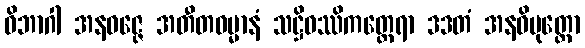
ဝိဘာဂါ အနဝဇ္ဇေ အတီတဓမ္မာနံ သဋ္ဌိဝဿိကတ္ထေရာ ဒဒတံ အနဓိမုတ္တော